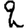
Digit: 2